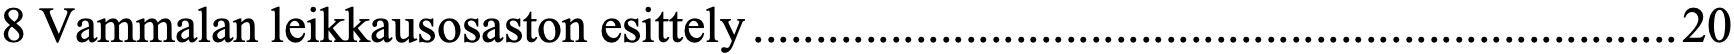
8 Vammalan leikkausosaston esittely .......................................................................... 20